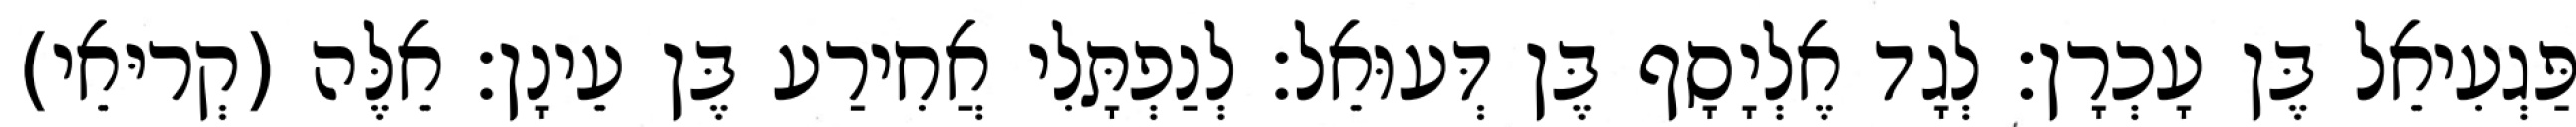
פַּגְעִיאֵל בֶּן עָכְרָן׃ לְגָד אֶלְיָסָף בֶּן דְּעוּאֵל׃ לְנַפְתָּלִי אֲחִירַע בֶּן עֵינָן׃ אֵלֶּה (קְריּאֵי)